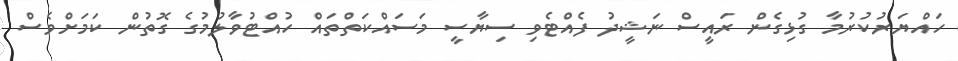
ހައްޔަރުކުރުމާ ގުޅިގެން ރައީސް ނަޝީދު ފެއްޓެވި ސިޔާސީ މަސައްކަތްތައް ހުއްޓުވާލުމުގެ ގޮތުން ކަމަށްވެސް